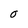
Character: O